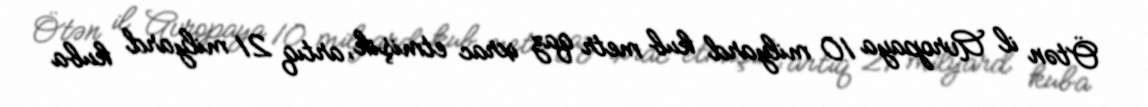
Ötən il Avropaya 10 milyard kub metr qaz ixrac etmişik, artıq 21 milyard kuba